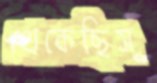
থেকেছিস